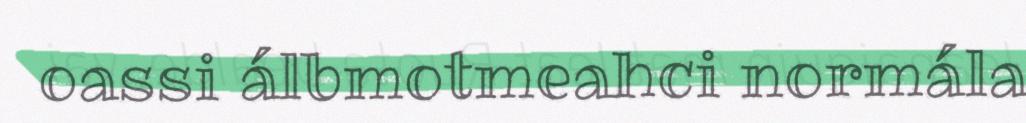
oassi álbmotmeahci normála